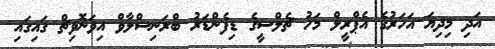
އަދި މިދިޔަ އަހަރުގެ އެޕްރީލް މަހު ޗެލްސީގެ ޑިފެންޑަރު ބްރަނިސްލާވް އިވަނޮވިޗް ގައިގައި